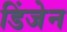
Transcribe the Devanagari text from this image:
डिंजेन